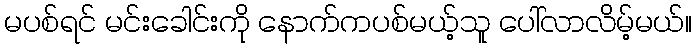
မပစ်ရင် မင်းခေါင်းကို နောက်ကပစ်မယ့်သူ ပေါ်လာလိမ့်မယ်။